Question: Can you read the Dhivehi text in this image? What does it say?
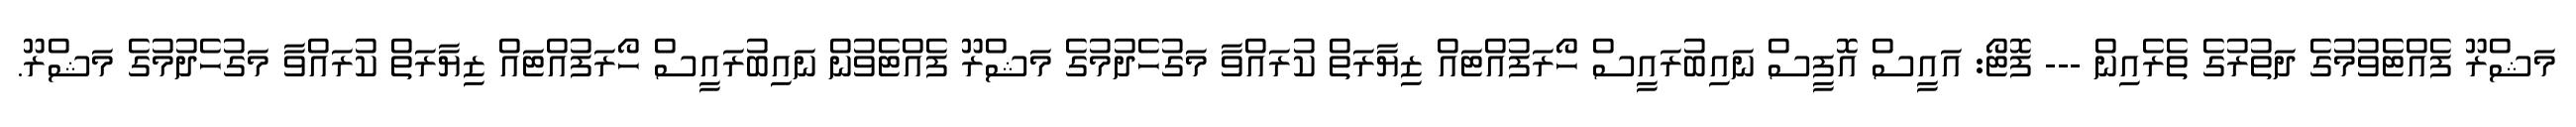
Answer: މަޝްރޫ ފެއްޓެވުމުގެ ދަތުރުގެ ތެރެއިން --- ފޮޓޯ: އައީސް އޮފީސް ނައިބުރައީސް ހޯރަފުއްޓައް ޒިޔާރަތް ކުރައްވާ މަގުހެދުމުގެ މަޝްރޫ ފެއްޓެވުން ނައިބުރައީސް ހޯރަފުއްޓައް ޒިޔާރަތް ކުރައްވާ މަގުހެދުމުގެ މަޝްރޫ.